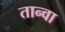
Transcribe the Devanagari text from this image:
तान्वा